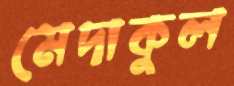
মেদাকুল